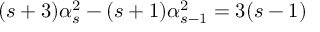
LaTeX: ( s + 3 ) \alpha _ { s } ^ { 2 } - ( s + 1 ) \alpha _ { s - 1 } ^ { 2 } = 3 ( s - 1 )